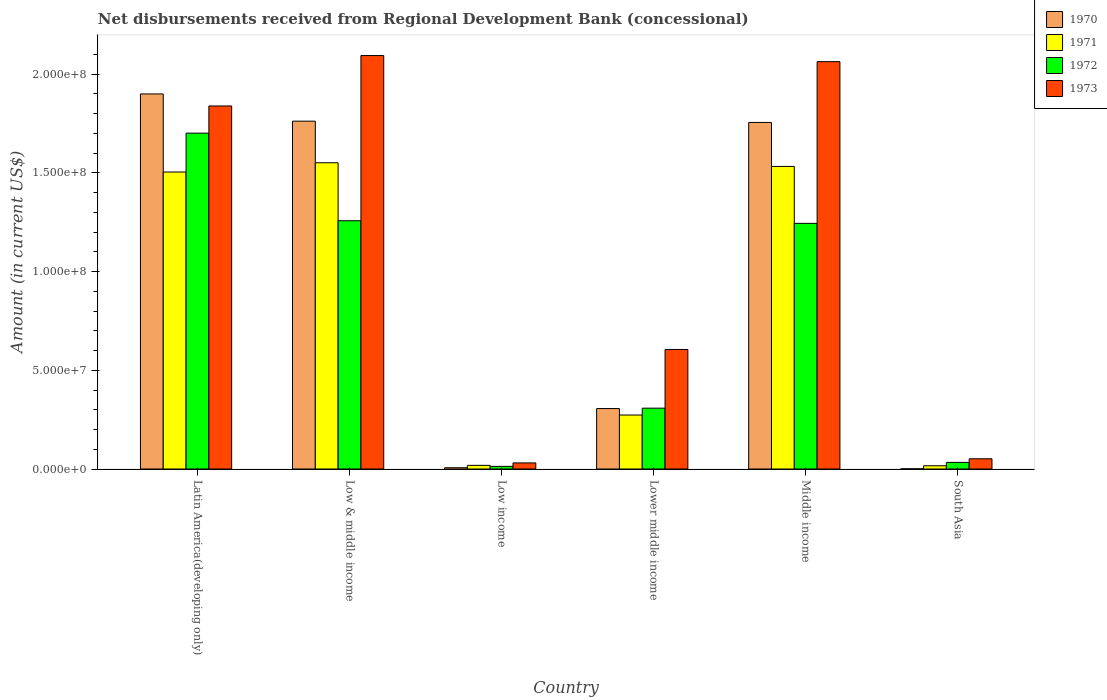
| Country | 1970 | 1971 | 1972 | 1973 |
 | --- | --- | --- | --- | --- |
 | Latin America(developing only) | 1.9e+08 | 1.5e+08 | 1.7e+08 | 1.84e+08 |
 | Low & middle income | 1.76e+08 | 1.55e+08 | 1.26e+08 | 2.09e+08 |
 | Low income | 6.47e+05 | 1.86e+06 | 1.33e+06 | 3.09e+06 |
 | Lower middle income | 3.06e+07 | 2.74e+07 | 3.08e+07 | 6.06e+07 |
 | Middle income | 1.76e+08 | 1.53e+08 | 1.24e+08 | 2.06e+08 |
 | South Asia | 1.09e+05 | 1.65e+06 | 3.35e+06 | 5.18e+06 |